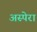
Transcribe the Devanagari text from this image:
अस्पेरा